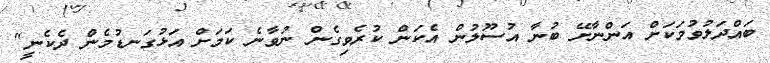
ބައްދަލުވުމަކަށް އަންނާށޭ ބުނާ އުސޫލުން އެކަން ކުރެވިގެން ނުވާނެ ކަމަށް އަޅުގަނޑުމެން ދެކެނީ"